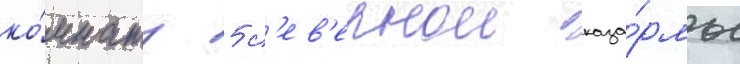
ко́мнату 5 с'ев'ернои каза́рмы